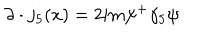
LaTeX: \partial \cdot j _ { 5 } ( x ) = 2 \mathrm { i } m \psi ^ { + } \gamma _ { 5 } \psi